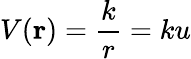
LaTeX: V(\mathbf{r})={\frac{k}{r}}=ku